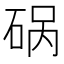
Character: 𰦿